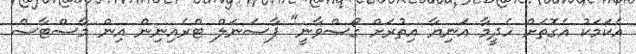
އެކަމަކު އެގޮތަށް ހެދީމާ އަނިޔާ އިތުރަށް ގޯސްވާނީ" ޕާސަނަލް ޓްރެއިނިން އިން މާސްޓާސް